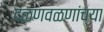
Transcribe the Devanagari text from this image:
दळणवळणांच्या